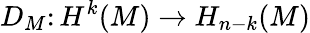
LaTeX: D_{M}\colon H^{k}(M)\to H_{n-k}(M)